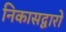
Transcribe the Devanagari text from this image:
निकासद्वारों